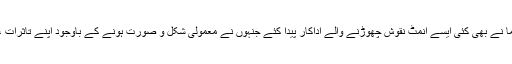
جہاں ہندوستان میں کمرشل سنیما میں بڑے بڑے نام سامنے آئے وہاں متوازی سنیما نے بھی کئی ایسے انمٹ نقوش چھوڑنے والے اداکار پیدا کئے جنہوں نے معمولی شکل و صورت ہونے کے باوجود اپنے تاثرات ،مکالموں کی جاندار ادائیگی کے ذریعے ایک عالم کو اپنے سحر میں جکڑے رکھا۔